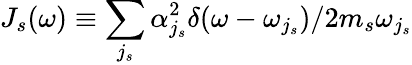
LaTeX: J_{s}(\omega)\equiv\sum_{j_{s}}{\alpha_{j_{s}}^{2}}\delta(\omega-\omega_{j_{s}})/{2m_{s}\omega_{j_{s}}}